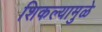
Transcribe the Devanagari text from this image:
शिकल्यामुळे